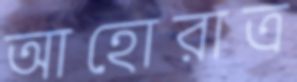
আহোরাত্র